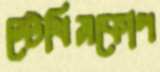
স্টেথিসকোপ